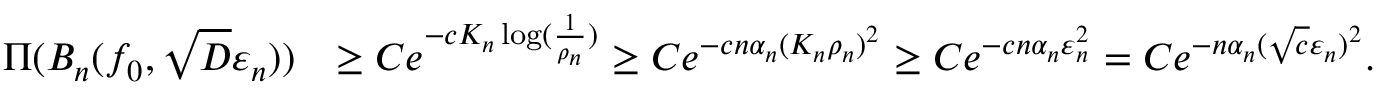
\begin{array} { r l } { \Pi ( B _ { n } ( f _ { 0 } , \sqrt { D } \varepsilon _ { n } ) ) } & { \geq C e ^ { - c K _ { n } \log ( \frac { 1 } { \rho _ { n } } ) } \geq C e ^ { - c n \alpha _ { n } ( K _ { n } \rho _ { n } ) ^ { 2 } } \geq C e ^ { - c n \alpha _ { n } \varepsilon _ { n } ^ { 2 } } = C e ^ { - n \alpha _ { n } ( \sqrt { c } \varepsilon _ { n } ) ^ { 2 } } . } \end{array}